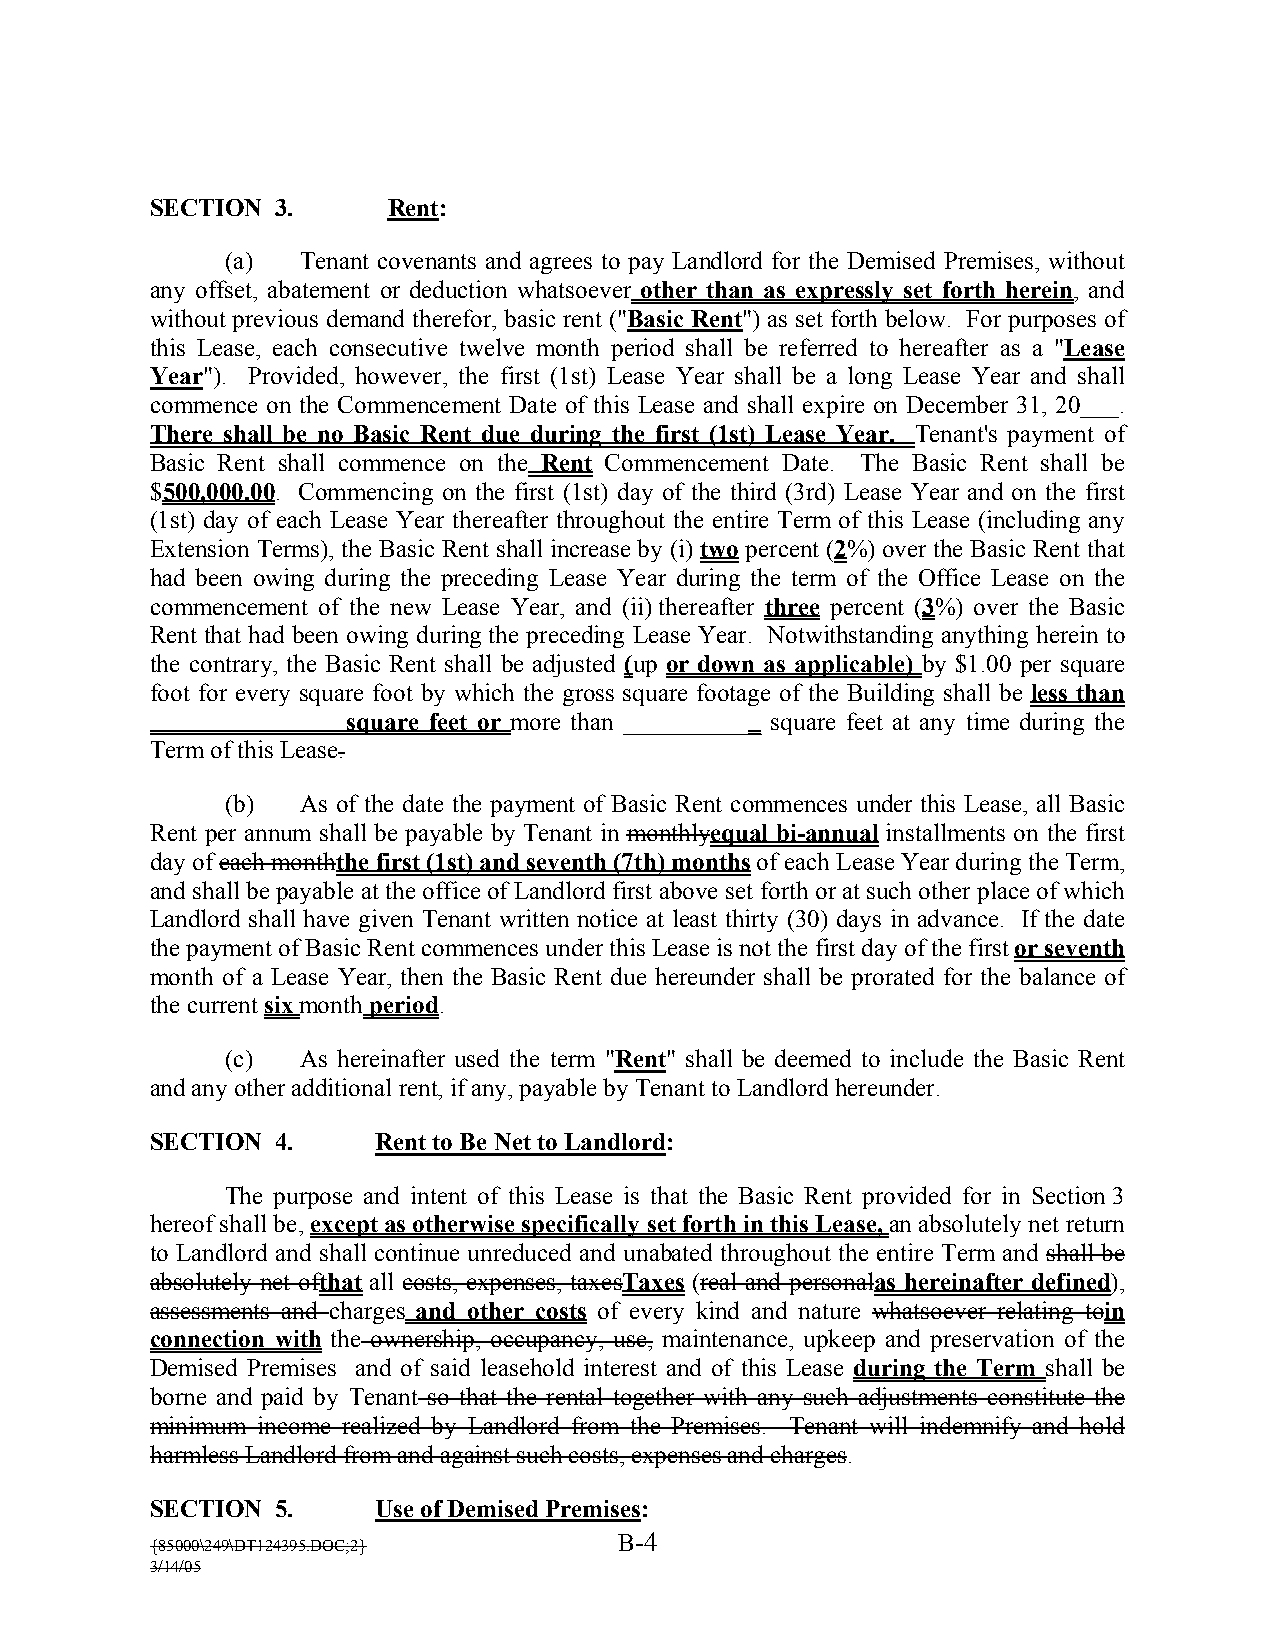
SECTION 3.      Rent:
 (a)  Tenant covenants and agrees to pay Landlord for the Demised Premises, without
 any offset, abatement or deduction whatsoever other than as expressly set forth herein, and
 without previous demand therefor, basic rent ("Basic Rent") as set forth below. For purposes of
 this Lease, each consecutive twelve month period shall be referred to hereafter as a "Lease
 Year"). Provided, however, the first (1st) Lease Year shall be a long Lease Year and shall
 commence on the Commencement Date of this Lease and shall expire on December 31, 20___.
 There shall be no Basic Rent due during the first (1st) Lease Year. Tenant’s payment of
 Basic Rent shall commence on the Rent Commencement Date. The Basic Rent shall be
 $500,000.00. Commencing on the first (1st) day of the third (3rd) Lease Year and on the first
 (1st) day of each Lease Year thereafter throughout the entire Term of this Lease (including any
 Extension Terms), the Basic Rent shall increase by (i) two percent (2%) over the Basic Rent that
 had been owing during the preceding Lease Year during the term of the Office Lease on the
 commencement of the new Lease Year, and (ii) thereafter three percent (3%) over the Basic
 Rent that had been owing during the preceding Lease Year. Notwithstanding anything herein to
 the contrary, the Basic Rent shall be adjusted (up or down as applicable) by $1.00 per square
 foot for every square foot by which the gross square footage of the Building shall be less than
 _______________ square feet or more than ___________ square feet at any time during the
 Term of this Lease.
 (b)  As of the date the payment of Basic Rent commences under this Lease, all Basic
 Rent per annum shall be payable by Tenant in monthlyequal bi-annual installments on the first
 day of each monththe first (1st) and seventh (7th) months of each Lease Year during the Term,
 and shall be payable at the office of Landlord first above set forth or at such other place of which
 Landlord shall have given Tenant written notice at least thirty (30) days in advance. If the date
 the payment of Basic Rent commences under this Lease is not the first day of the first or seventh
 month of a Lease Year, then the Basic Rent due hereunder shall be prorated for the balance of
 the current six month period.
 (c)  As hereinafter used the term "Rent" shall be deemed to include the Basic Rent
 and any other additional rent, if any, payable by Tenant to Landlord hereunder.
 SECTION 4.     Rent to Be Net to Landlord:
 The purpose and intent of this Lease is that the Basic Rent provided for in Section 3
 hereof shall be, except as otherwise specifically set forth in this Lease, an absolutely net return
 to Landlord and shall continue unreduced and unabated throughout the entire Term and shall be
 absolutely net ofthat all costs, expenses, taxesTaxes (real and personalas hereinafter defined),
 assessments and charges and other costs of every kind and nature whatsoever relating toin
 connection with the ownership, occupancy, use, maintenance, upkeep and preservation of the
 Demised Premises and of said leasehold interest and of this Lease during the Term shall be
 borne and paid by Tenant so that the rental together with any such adjustments constitute the
 minimum income realized by Landlord from the Premises. Tenant will indemnify and hold
 harmless Landlord from and against such costs, expenses and charges.
 SECTION 5.     Use of Demised Premises:
 B-4
 {85000\249\DT124395.DOC;2}
 3/14/05